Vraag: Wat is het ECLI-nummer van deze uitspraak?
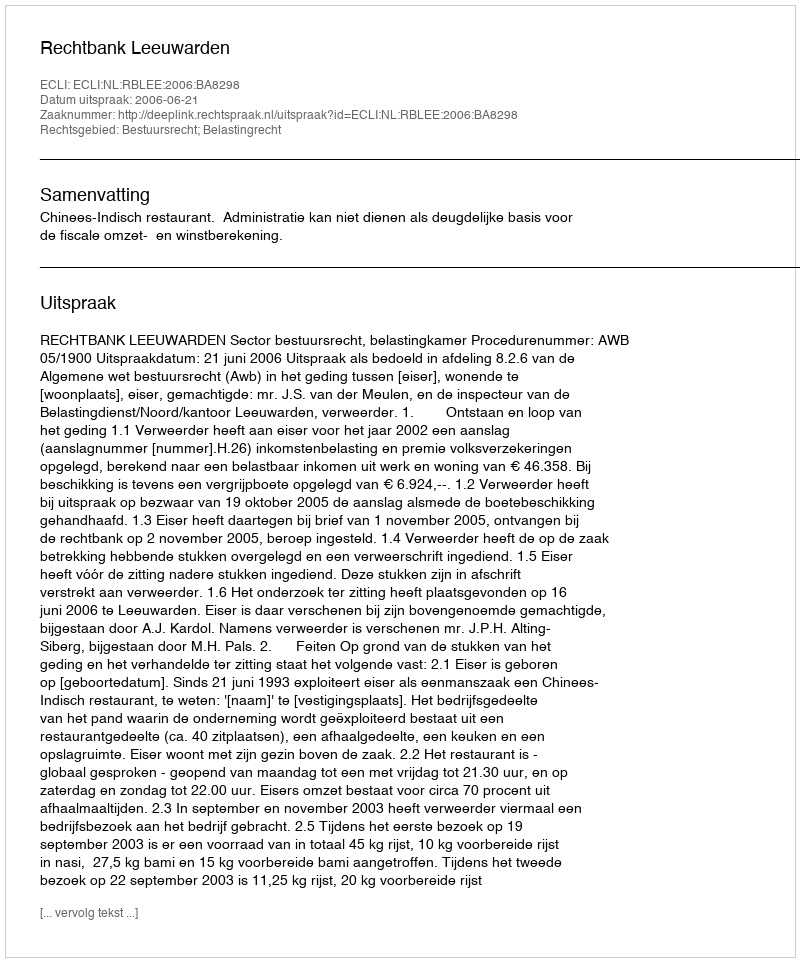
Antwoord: ECLI:NL:RBLEE:2006:BA8298